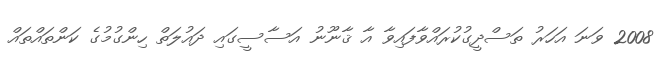
2008 ވަނަ އަހަރު ތަސްދީގުކުރައްވާފައިވާ އާ ޤާނޫނު އަސާސީގައި ދައުލަތް ހިންގުމުގެ ކަންތައްތައް